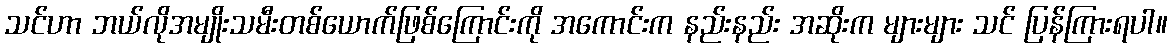
သင်ဟာ ဘယ်လိုအမျိုးသမီးတစ်ယောက်ဖြစ်ကြောင်းကို အကောင်းက နည်းနည်း အဆိုးက များများ သင် ပြန်ကြားရပါ။